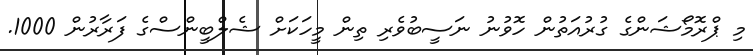
މި ޕްރޮމޯޝަންގެ ގުރުއަތުން ހޮވުނު ނަސީބުވެރި ތިން މީހަކަށް ޝެލްބީންސްގެ ފަރާރުން 1000.